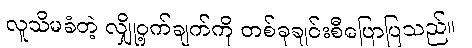
လူသိမခံတဲ့ လျှို့ဝှက်ချက်ကို တစ်ခုချင်းစီပြောပြသည်။